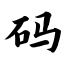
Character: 码